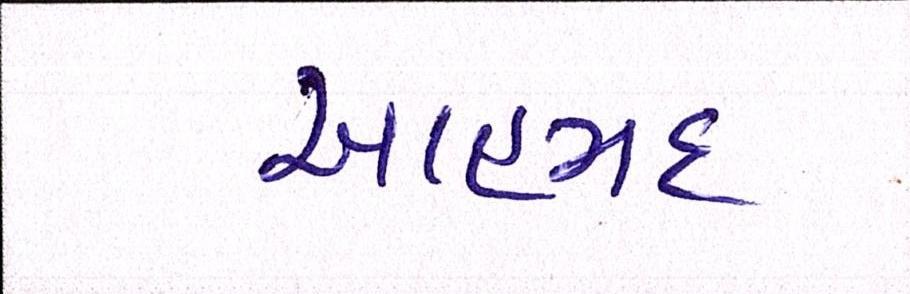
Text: આહમદ